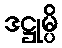
ဒဋ္ဌုမ္ပိ